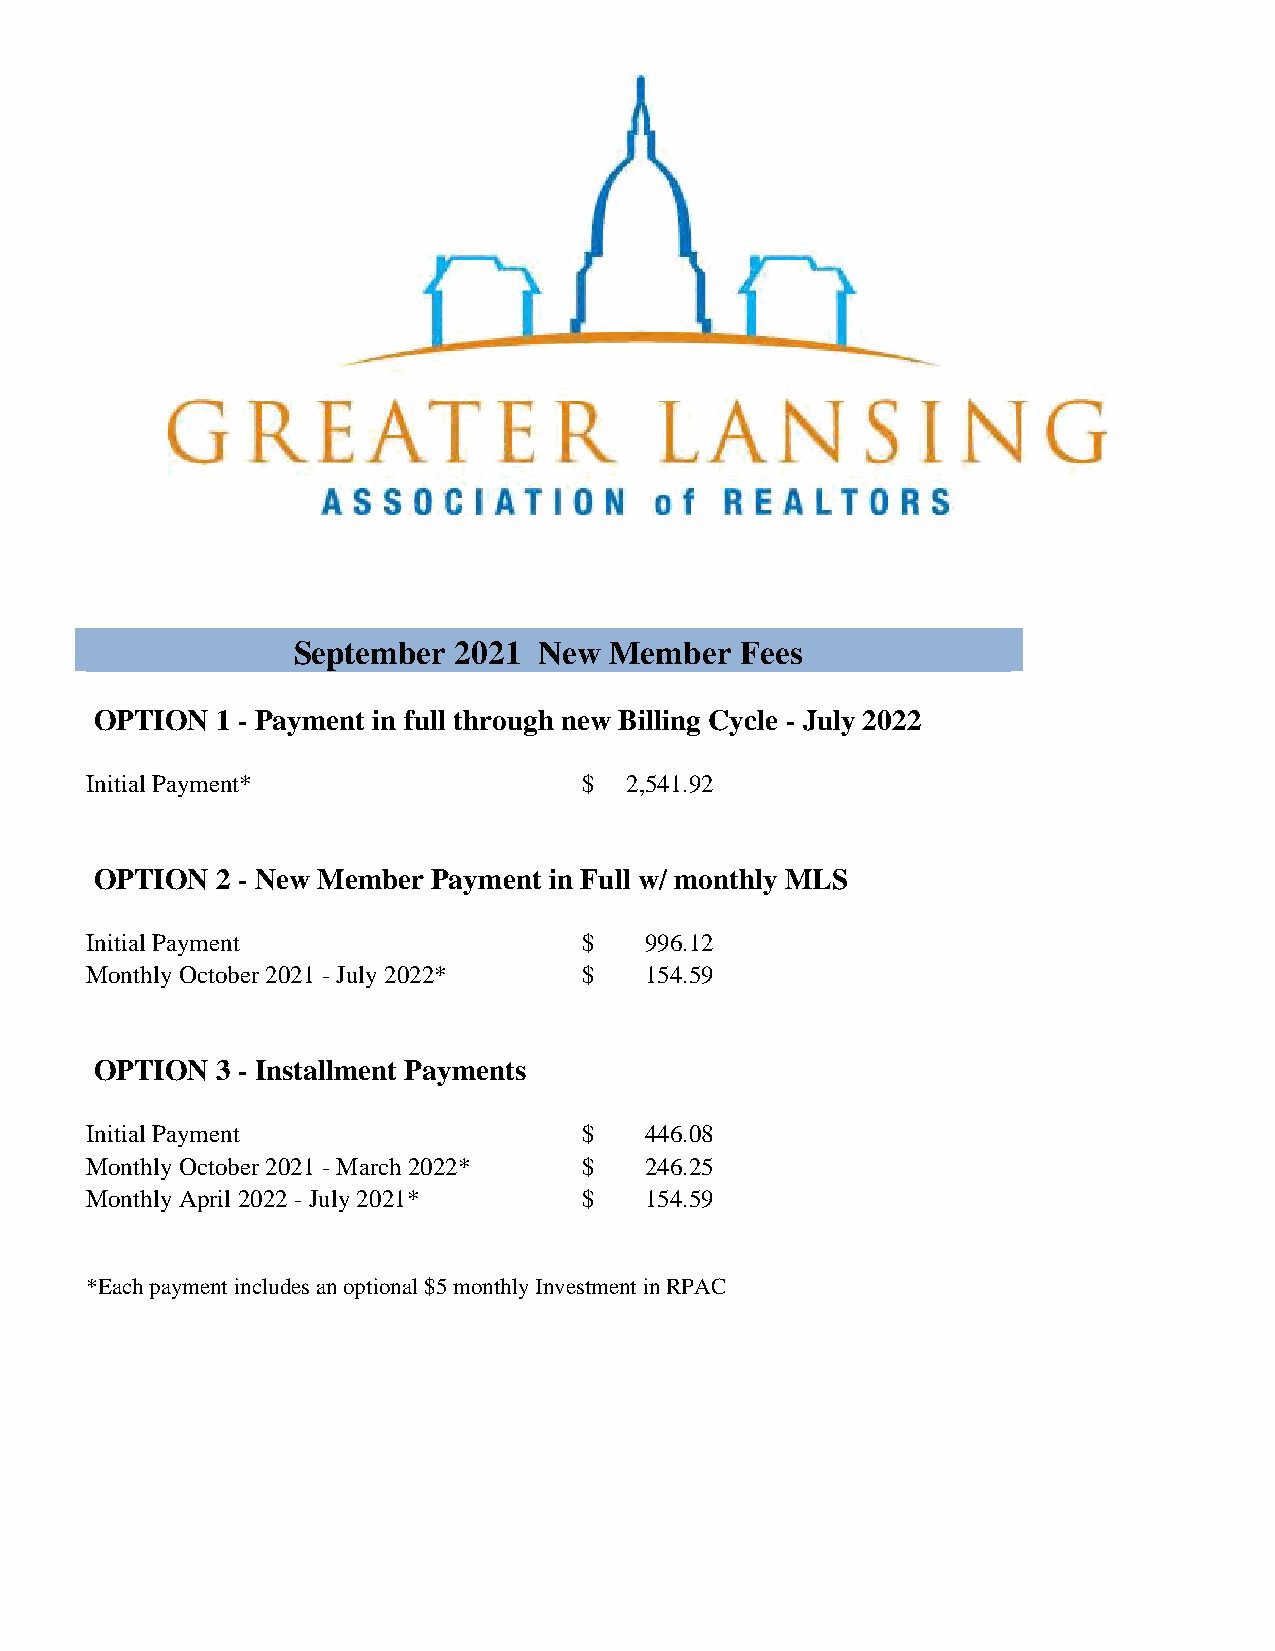
September  2021  New Member   Fees
 OPTION  1 - Payment in full through new Billing Cycle - July 2022
 Initial Payment*                 $ 2,541.92
 OPTION  2 - New Member Payment in Full w/ monthly MLS
 Initial Payment                  $   996.12
 Monthly October 2021 - July 2022* $  154.59
 OPTION  3 - Installment Payments
 Initial Payment                  $   446.08
 Monthly October 2021 - March 2022* $ 246.25
 Monthly April 2022 - July 2021*  $   154.59
 *Each payment includes an optional $5 monthly Investment in RPAC